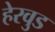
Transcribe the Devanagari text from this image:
हेरवुड